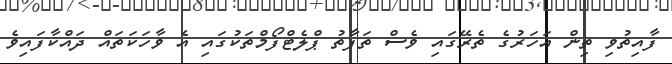
ފާއިތުވި ތިން އަހަރުގެ ތެރޭގައި ވެސް ތަފާތު ޕްލެޓްފޯމްތަކުގައި އެ ވާހަކަތައް ދައްކާފައިވެ